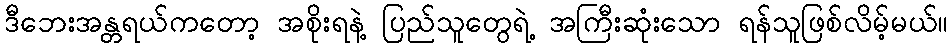
ဒီဘေးအန္တရယ်ကတော့ အစိုးရနဲ့ ပြည်သူတွေရဲ့ အကြီးဆုံးသော ရန်သူဖြစ်လိမ့်မယ်။